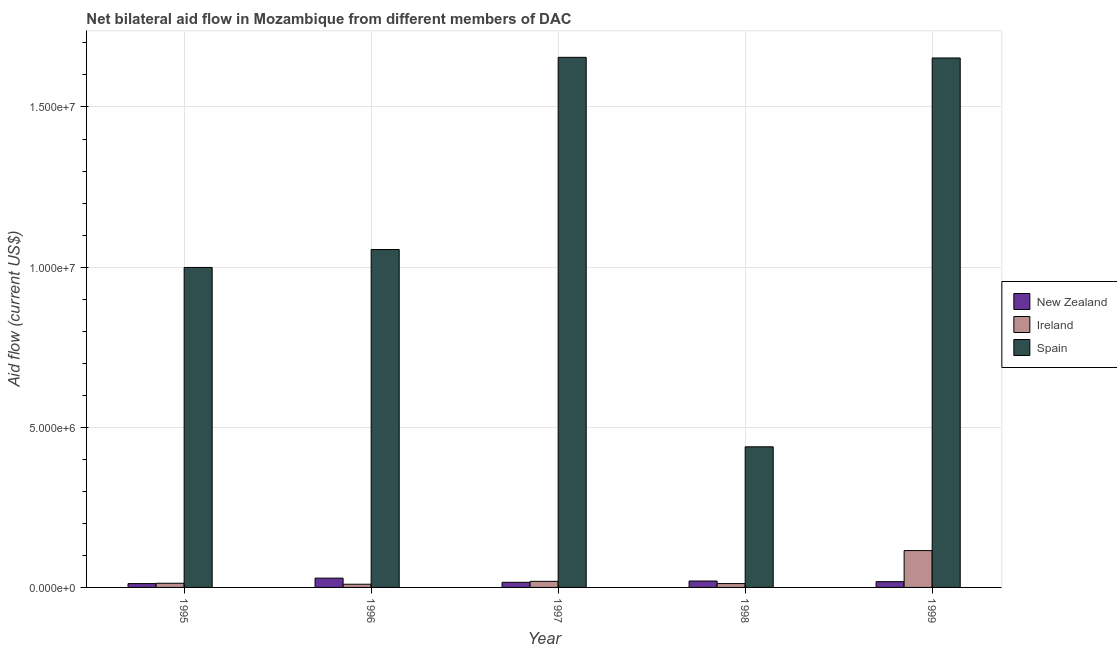
| Year | New Zealand | Ireland | Spain |
 | --- | --- | --- | --- |
 | 1995 | 1.2e+05 | 1.3e+05 | 9.99e+06 |
 | 1996 | 2.9e+05 | 1e+05 | 1.06e+07 |
 | 1997 | 1.6e+05 | 1.9e+05 | 1.66e+07 |
 | 1998 | 2e+05 | 1.2e+05 | 4.39e+06 |
 | 1999 | 1.8e+05 | 1.15e+06 | 1.65e+07 |